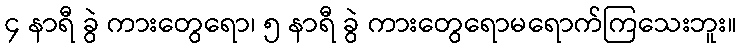
၄ နာရီ ခွဲ ကားတွေရော၊ ၅ နာရီ ခွဲ ကားတွေရောမရောက်ကြသေးဘူး။